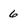
Character: 6